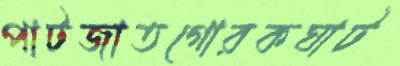
পাটজাতগোরকঘাট